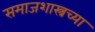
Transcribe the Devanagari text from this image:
समाजशास्त्रच्या